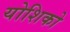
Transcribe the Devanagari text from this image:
योशिको